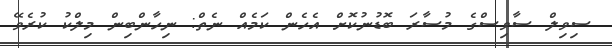
ސިވިލް ސާވިސްގެ މުސާރަ ބޮޑުނުކޮށް އެހެން ކަމެއް ނެތް: ނިހާންބިން މިލްކު ކުރެވޭ